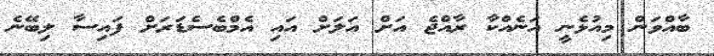
ބާއްވަން މިއުޅެނީ އަނެއްކާ ރާއްޖެ އަށް އަލަށް އައި އެމްބެސެޑަރަށް ފައިސާ ލިބޭނެ